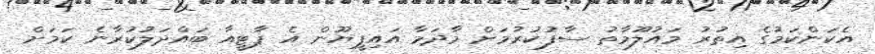
އެކަންކަމުގެ އިތުރު މައުލޫމާތު ސާފުކުރުމަށް މާދަމާ އައިޕީޔޫން އެ ޕާޓީއާ ބައްދަލުކުރާނެ ކަމަށް